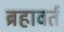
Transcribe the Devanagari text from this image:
ब्रहावर्त